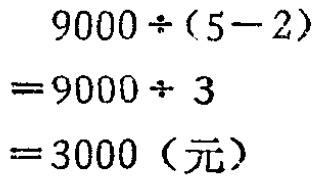
\[
\begin{align*}
9000\div(5 - 2)&=9000\div3\\
&=3000(\text{元})
\end{align*}
\]